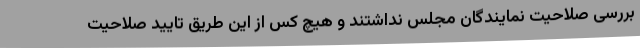
بررسی صلاحیت نمایندگان مجلس نداشتند و هیچ کس از این طریق تایید صلاحیت